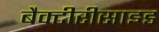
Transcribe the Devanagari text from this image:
बैक्टीरीसाइड